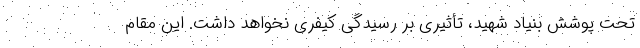
تحت پوشش بنیاد شهید، تأثیری بر رسیدگی کیفری نخواهد داشت. این مقام